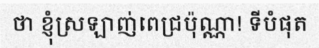
ថា ខ្ញុំស្រឡាញ់ពេជ្រប៉ុណ្ណា! ទីបំផុត